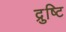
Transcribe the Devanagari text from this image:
द्रुष्टि